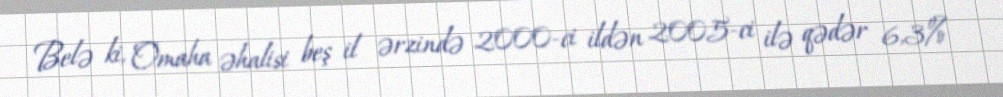
Belə ki, Omaha əhalisi beş il ərzində 2000-ci ildən 2005-ci ilə qədər 6,3%